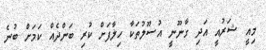
މިއީ ޝަރުއީ އަދި ގާނޫނީ އުސޫލުތަކާ ހިލާފަށް ކުރި ބަންދެއް ކަމަށް ބުނެ